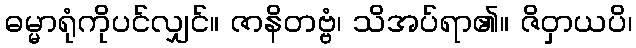
ဓမ္မာရုံကိုပင်လျှင်။ ဇာနိတဗ္ဗံ၊ သိအပ်ရာ၏။ ဇိဝှာယပိ၊